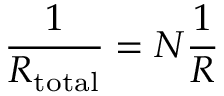
{ \frac { 1 } { R _ { \mathrm { t o t a l } } } } = N { \frac { 1 } { R } }